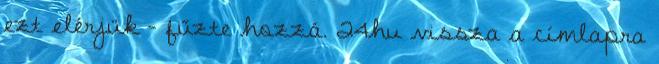
ezt elérjük – fűzte hozzá. 24hu vissza a címlapra